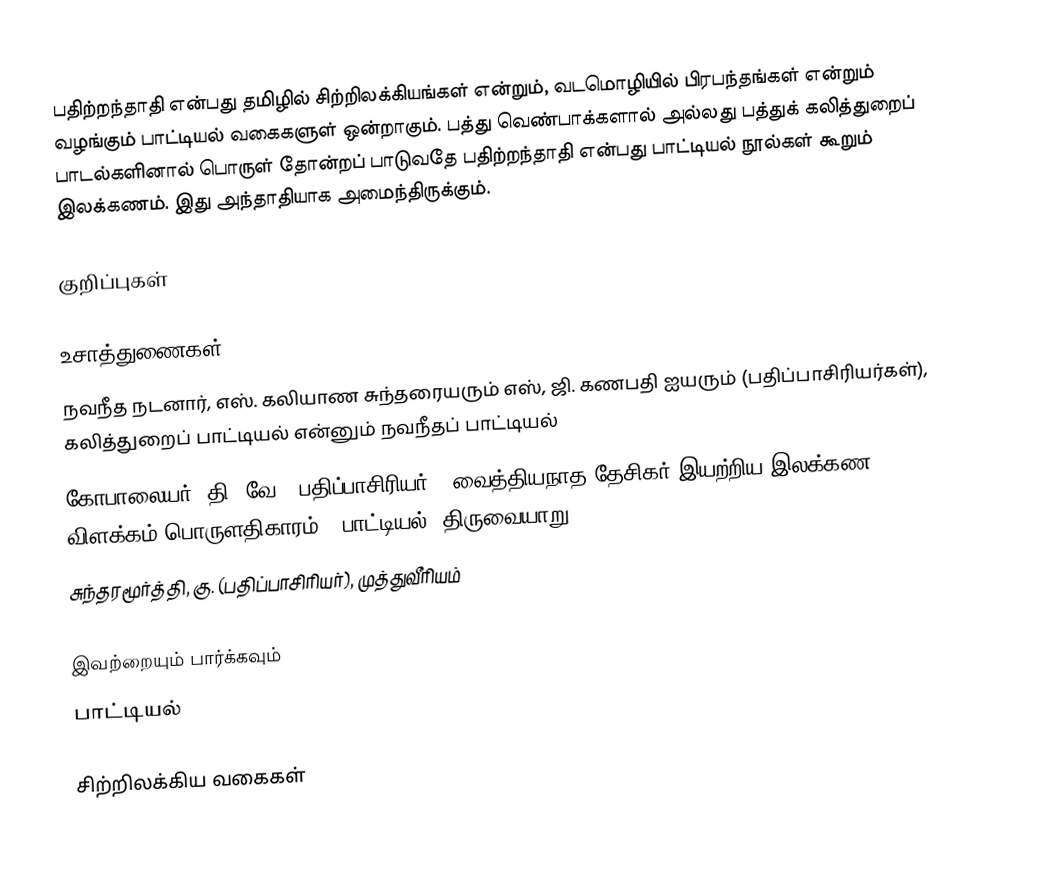
பதிற்றந்தாதி என்பது தமிழில் சிற்றிலக்கியங்கள் என்றும், வடமொழியில் பிரபந்தங்கள் என்றும் வழங்கும் பாட்டியல் வகைகளுள் ஒன்றாகும். பத்து வெண்பாக்களால் அல்லது பத்துக் கலித்துறைப் பாடல்களினால் பொருள் தோன்றப் பாடுவதே பதிற்றந்தாதி என்பது பாட்டியல் நூல்கள் கூறும் இலக்கணம். இது அந்தாதியாக அமைந்திருக்கும்.

குறிப்புகள்

உசாத்துணைகள்
 நவநீத நடனார், எஸ். கலியாண சுந்தரையரும் எஸ், ஜி. கணபதி ஐயரும் (பதிப்பாசிரியர்கள்), கலித்துறைப் பாட்டியல் என்னும் நவநீதப் பாட்டியல்
 கோபாலையர், தி. வே. (பதிப்பாசிரியர்), வைத்தியநாத தேசிகர் இயற்றிய இலக்கண விளக்கம் பொருளதிகாரம் - பாட்டியல், திருவையாறு.
 சுந்தரமூர்த்தி, கு. (பதிப்பாசிரியர்), முத்துவீரியம்

இவற்றையும் பார்க்கவும்
 பாட்டியல்

சிற்றிலக்கிய வகைகள்